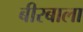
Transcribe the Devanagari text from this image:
बीरबाला